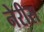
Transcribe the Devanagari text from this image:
नेरीस